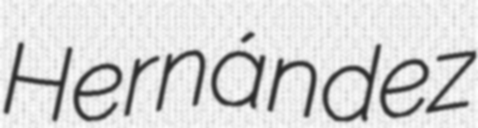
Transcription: Hernández